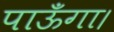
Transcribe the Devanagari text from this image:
पाऊँगा।